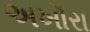
અખૌરા